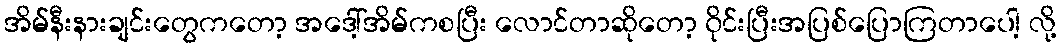
အိမ်နီးနားချင်းတွေကတော့ အဒေါ့်အိမ်ကစပြီး လောင်တာဆိုတော့ ၀ိုင်းပြီးအပြစ်ပြောကြတာပေါ့ လို့